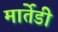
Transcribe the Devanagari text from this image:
मार्तेडी